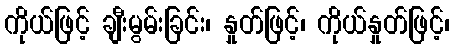
ကိုယ်ဖြင့် ချီးမွမ်းခြင်း၊ နှုတ်ဖြင့်၊ ကိုယ်နှုတ်ဖြင့်၊